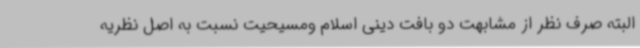
البته صرف نظر از مشابهت دو بافت دینی اسلام ومسیحیت نسبت به اصل نظریه